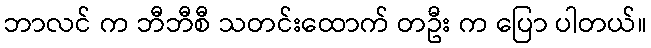
ဘာလင် က ဘီဘီစီ သတင်းထောက် တဦး က ပြော ပါတယ်။